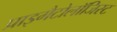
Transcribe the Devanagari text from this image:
प्राइमैटोलॉजिस्ट